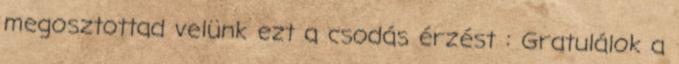
megosztottad velünk ezt a csodás érzést : Gratulálok a